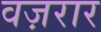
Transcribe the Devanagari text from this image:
वज़रार